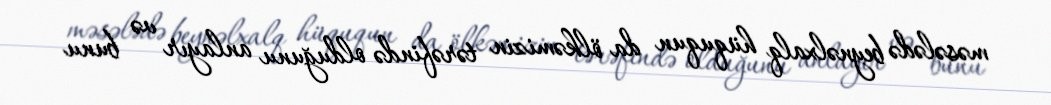
məsələdə beynəlxalq hüququn da ölkəmizin tərəfində olduğunu anlayır və bunu